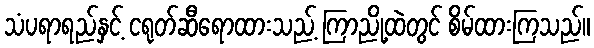
သံပရာရည်နှင့် ငရုတ်ဆီရောထားသည့် ကြာညို့ထဲတွင် စိမ်ထားကြသည်။